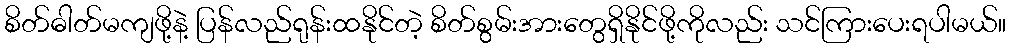
စိတ်ဓါတ်မကျဖို့နဲ့ ပြန်လည်ရုန်းထနိုင်တဲ့ စိတ်စွမ်းအားတွေရှိနိုင်ဖို့ကိုလည်း သင်ကြားပေးရပါမယ်။